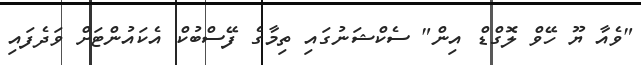
"ވެއާ ޔޫ ހޭވް ލޮގްޑް އިން" ސެކްޝަނުގައި ތިމާގެ ފޭސްބުކް އެކައުންޓަށް ވަދެފައި